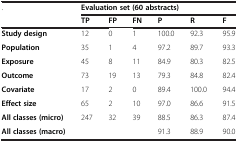
<table><thead><tr><td><b>.</b></td><td colspan="6"><b>Evaluation set (60 abstracts)</b></td></tr><tr><td><b> </b></td><td><b>TP</b></td><td><b>FP</b></td><td><b>FN</b></td><td><b>P</b></td><td><b>R</b></td><td><b>F</b></td></tr></thead><tbody><tr><td><b>Study design</b></td><td>12</td><td>0</td><td>1</td><td>100.0</td><td>92.3</td><td>95.9</td></tr><tr><td><b>Population</b></td><td>35</td><td>1</td><td>4</td><td>97.2</td><td>89.7</td><td>93.3</td></tr><tr><td><b>Exposure</b></td><td>45</td><td>8</td><td>11</td><td>84.9</td><td>80.3</td><td>82.5</td></tr><tr><td><b>Outcome</b></td><td>73</td><td>19</td><td>13</td><td>79.3</td><td>84.8</td><td>82.4</td></tr><tr><td><b>Covariate</b></td><td>17</td><td>2</td><td>0</td><td>89.4</td><td>100.0</td><td>94.4</td></tr><tr><td><b>Effect size</b></td><td>65</td><td>2</td><td>10</td><td>97.0</td><td>86.6</td><td>91.5</td></tr><tr><td><b>All classes (micro)</b></td><td>247</td><td>32</td><td>39</td><td>88.5</td><td>86.3</td><td>87.4</td></tr><tr><td><b>All classes (macro)</b></td><td colspan="3"> </td><td>91.3</td><td>88.9</td><td>90.0</td></tr></tbody></table>